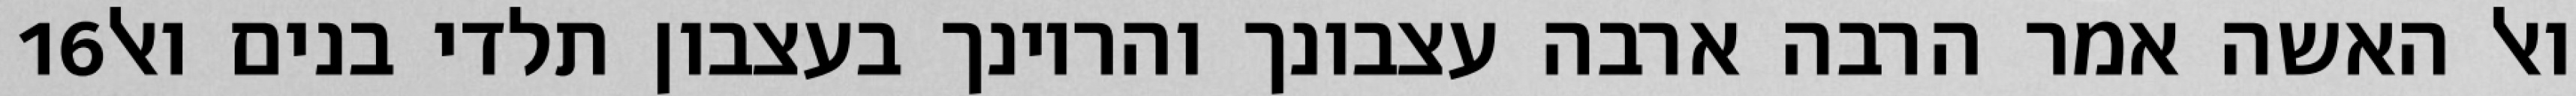
‎16‏ ואל האשה אמר הרבה ארבה עצבונך והריונך בעצבון תלדי בנים ואל